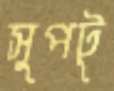
সুপটু